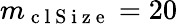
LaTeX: m_{\mathrm{~c~l~S~i~z~e~}}=20